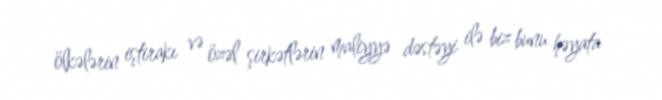
ölkələrin iştirakı və özəl şirkətlərin maliyyə dəstəyi ilə biz bunu həyata